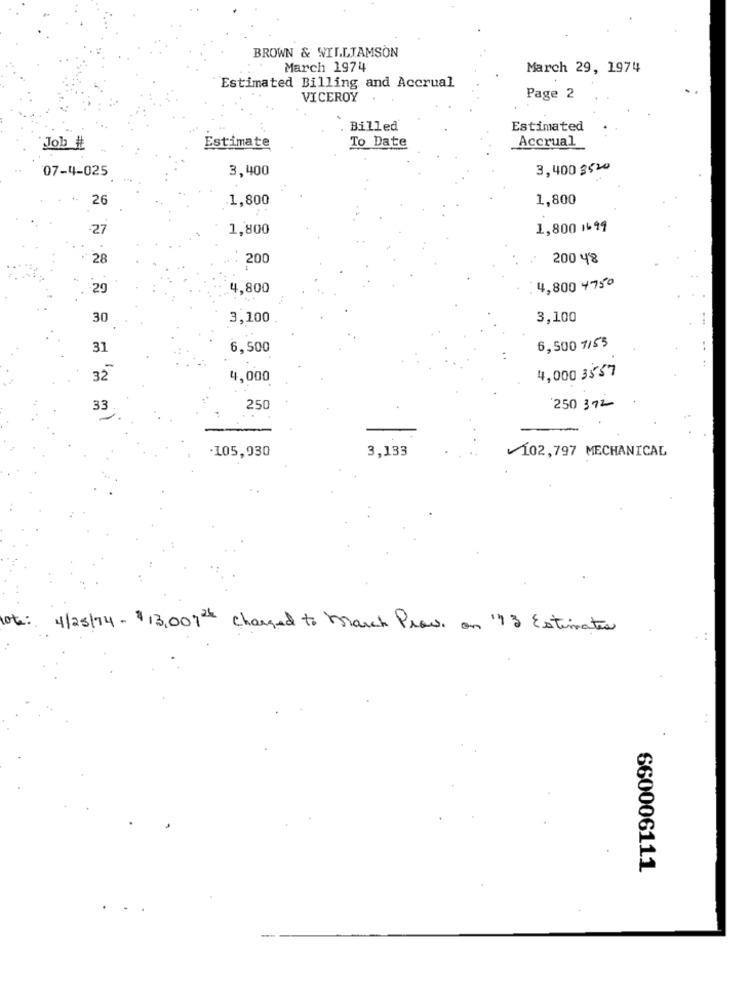
BROWN & WILLIAMSON
March 1974
March 29, 1974
Estimated Billing and Accrual
VICEROY
Page 2
Billed
Estimated
To Date
Accrual
Job #
Estimate
3,400
3,400 3520
07-4-025
26
1,800
1,800
-27
1,800
1,800 14 99
28
200
200 48
29
4,800
4,800 4750
30
3,100
3,100
6,500 7/53
31
6,500
4,000 3557
32
4,000
250 372
33
250
105,930
3,133
102,797 MECHANICAL
lote: 4/25/74 - $13,007th charged to March Prew . on "13 Estimates
660006111